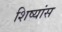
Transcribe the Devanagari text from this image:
शिष्यांस